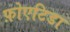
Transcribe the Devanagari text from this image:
फ़ोएटिडा